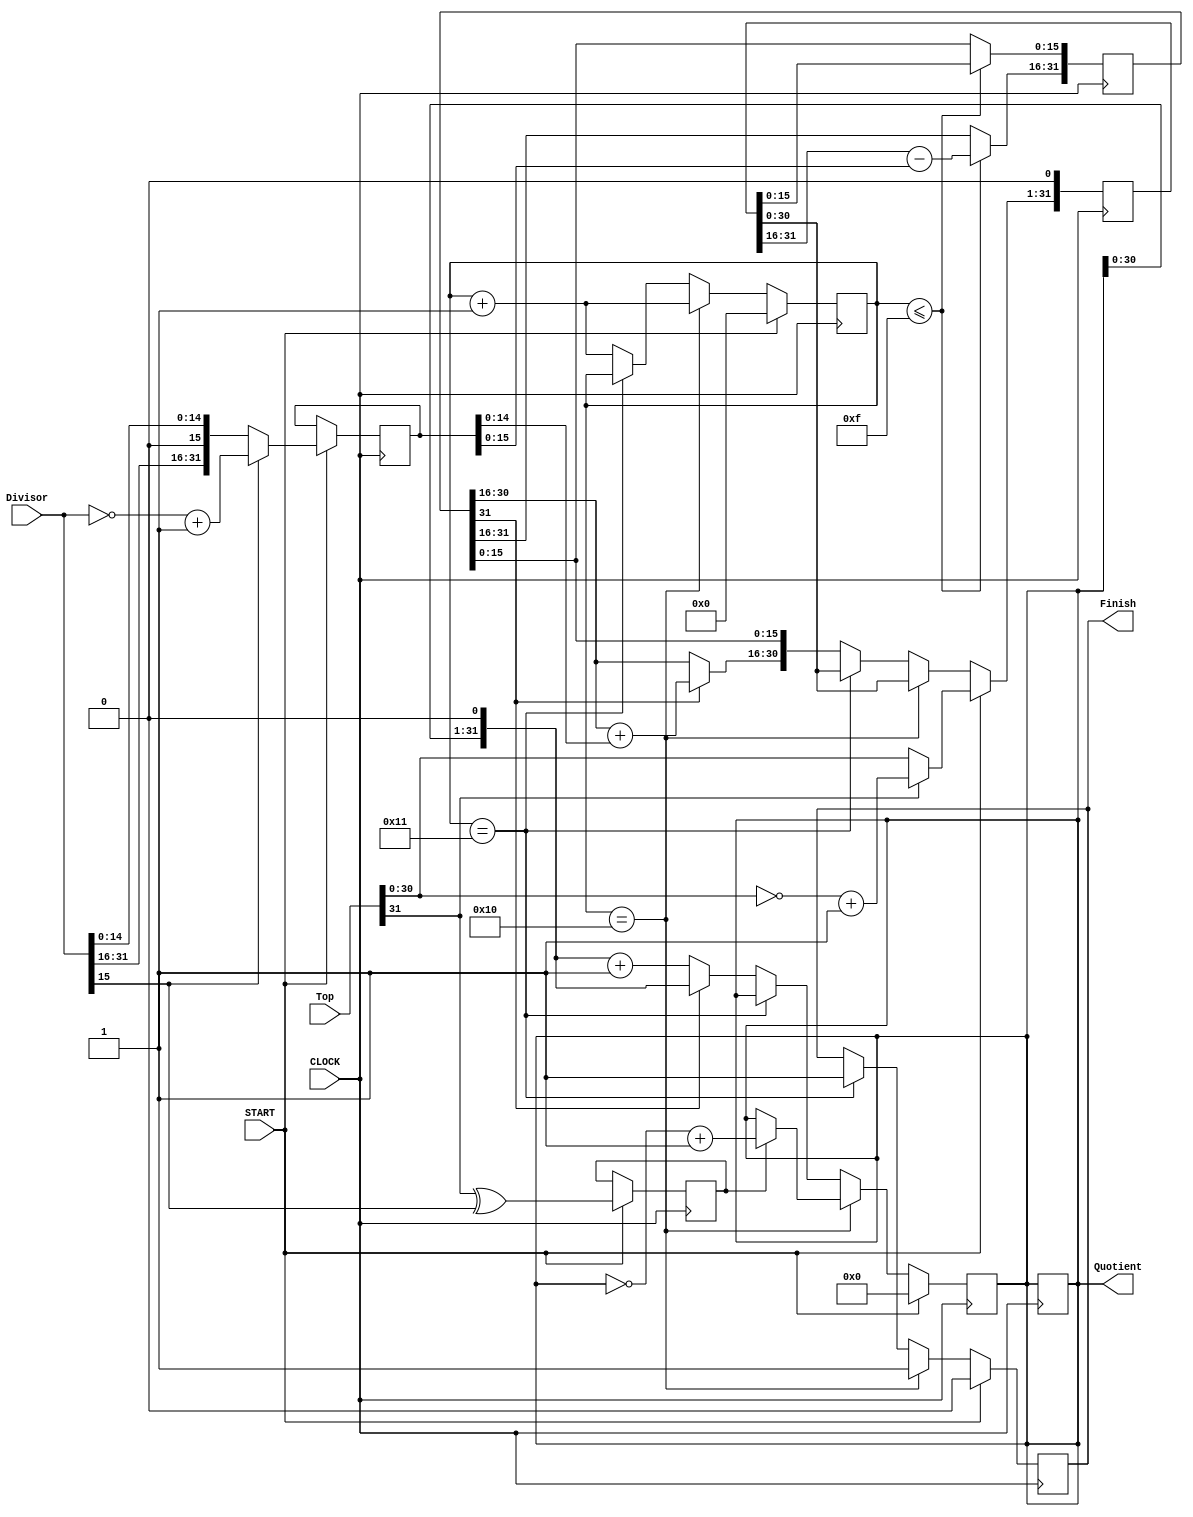
`timescale 1ns / 1ps
//////////////////////////////////////////////////////////////////////////////////
// Company: 
// Engineer: 
// 
// Design Name: 
// Module Name: Divisor_non_restoring
// Project Name: 
// Target Devices: 
// Tool Versions: 
// Description: 
// 
// Dependencies: 
// 
// Revision:
// Revision 0.01 - File Created
// Additional Comments:
// 
//////////////////////////////////////////////////////////////////////////////////


module Divisor_non_restoring(
    input [31:0] Top,
    input [31:0] Divisor,
    input CLOCK,
    input START,
    output reg [31:0] Quotient,
    output reg Finish
    );
    
reg [31:0] remainderhl;
reg [31:0] remainderlh;
reg [6:0] state;
reg [31:0] divisor;
reg rev; //tell us whether or not to set it negative. 
wire test = remainderlh[31];

//TODO: Add reset

always@(posedge CLOCK)
    begin
    if (state <= 15)
        begin
        remainderlh[15:0] <= remainderhl[15:0];
        remainderlh[31:16] =  remainderhl[31:16] - divisor[15:0]; // have to assume divisor is at most 16bit  
        end
    if (state == 16 || state == 17) 
        Quotient <= Quotient;
    end


always@(negedge CLOCK)
    begin
    if (START == 1)
        begin
        state <= 0;
        Quotient <= 0;
        Finish <= 0;
        rev <= Top[31]^Divisor[15];
        
        if (Top[31]==1)
            remainderhl = (~Top[31:0]) + 1'b1;
        else 
            remainderhl = Top; 
               
        if (Divisor[15]==1)
            divisor <= (~Divisor[31:0])+1'b1;
        else 
            divisor <= Divisor;
        end
    else if (state == 16) //check if inverted
        begin
        if (rev == 1)
            Quotient <= ~Quotient[31:0]+1'b1;
        state = state + 1'b1;
        Finish <= 1;
        end
    else if (state == 17)
        Finish <= 1;
        //Finish <= 1; //hold
    else if  (test == 0)
        begin
        Quotient <= (Quotient << 1) + 1'b1;
        state <= state + 1'b1;
        remainderhl = remainderlh;
        //Quotient[0] <= 1;
        end
    else   
        begin
        remainderhl[15:0] <= remainderlh[15:0];
        remainderhl[31:16] <=  remainderlh[31:16] + divisor[15:0]; //restore the value
        Quotient <= Quotient << 1; //shift dem bits
        state <= state + 1'b1;
        end
    remainderhl <= remainderhl << 1;
    end
  
endmodule